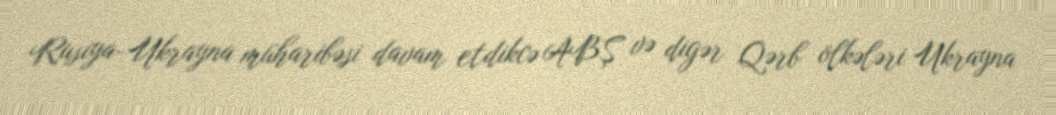
Rusiya-Ukrayna müharibəsi davam etdikcə ABŞ və digər Qərb ölkələri Ukrayna